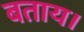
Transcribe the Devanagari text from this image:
बताय।